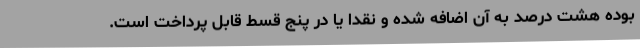
بوده هشت درصد به آن اضافه شده و نقدا یا در پنج قسط قابل پرداخت است.